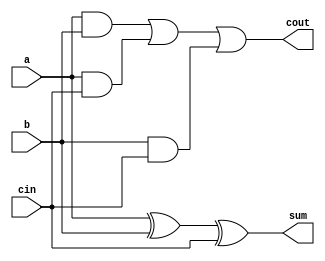
//_E94084032

module FA(a,b,cin,sum,cout);//FULL_ADDER

input a,b,cin;
output sum,cout;

assign sum=a^b^cin;
assign cout=a&b|a&cin|b&cin;

endmodule

module subBCD(A,B,k,Cout);
input [3:0] A,B;        //input
input k;
output [8:0] Cout;      //result
reg [8:0] Cout;
wire [3:0] S,C,D;
wire OV;                //overflow
integer i;
integer j=10;

assign D[0]=B[0]^k;   //check +or-
assign D[1]=B[1]^k;
assign D[2]=B[2]^k;
assign D[3]=B[3]^k;
assign OV=C[2]^C[3];  //check overflow or not

FA F1(A[0],D[0],k,S[0],C[0]);   //call one bit fulladder
FA F2(A[1],D[1],C[0],S[1],C[1]);
FA F3(A[2],D[2],C[1],S[2],C[2]);
FA F4(A[3],D[3],C[2],S[3],C[3]);

always@(*) begin     

  if(OV==1)begin
       i=(-16)*C[3]+8*S[3]+4*S[2]+2*S[1]+1*S[0]; //binary to normal 
    if(i<0)begin
          i=-i;
          Cout[8]=1;      //-
          Cout[7:4]=i/j;  //Tens of Dec
          Cout[3:0]=i%j;  //Digits of dec
     end
    else begin
          Cout[8]=0;      //+
          Cout[7:4]=i/j;  //Tens of Dec
          Cout[3:0]=i%j;  //Digits of dec  
     end
end
    else begin
       i=(-8)*S[3]+4*S[2]+2*S[1]+1*S[0];//binary to normal  
     if(i<0) begin
       i=-i;
       Cout[8]=1;             //-
       Cout[7:4]=i/j;         //Tens of Dec
       Cout[3:0]=i%j;         //Digits of dec
     end
    else begin       
       Cout[8]=0;             //+
       Cout[7:4]=i/j;         //Tens of Dec
       Cout[3:0]=i%j;         //Digits of dec
     end
end
end
endmodule